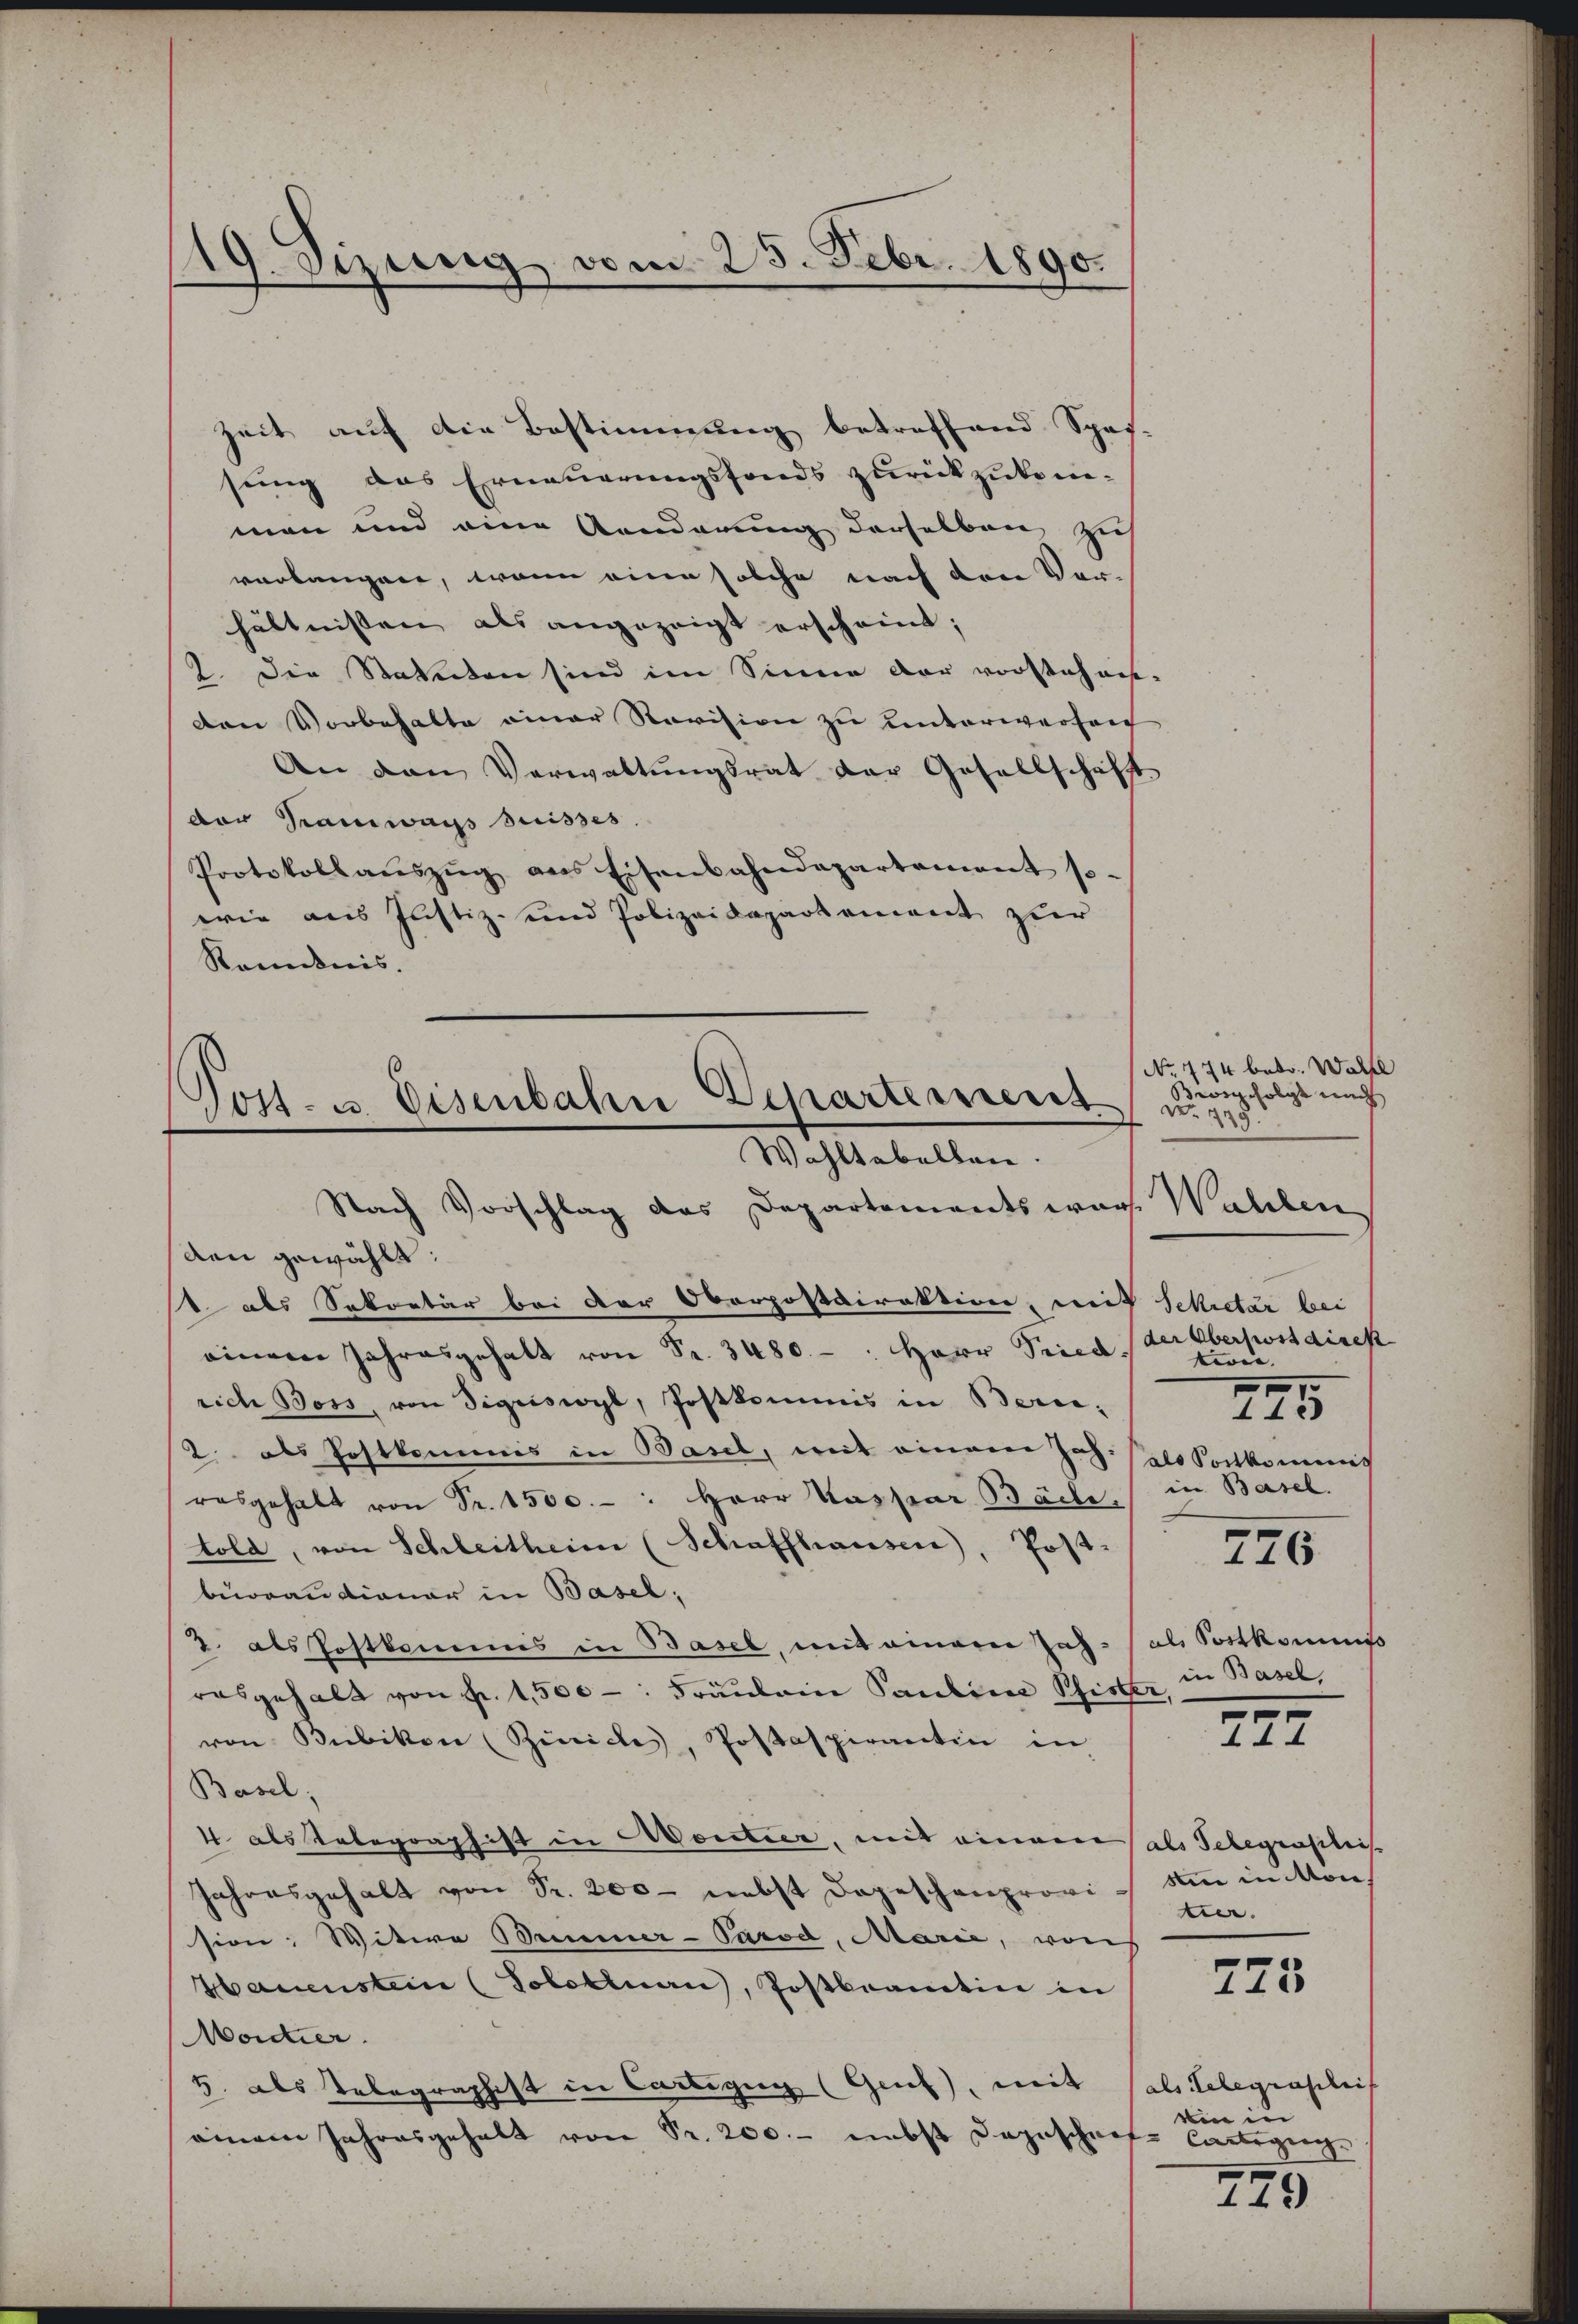
19. Sizung vom 25. Febr. 1890.

Zeit auf die Bestimmung betreffend Spas-
sung das Erneuerungsfonds zurückzukomman und eine Aenderung derselben, sich
verlangene, wenn eine solche nach den Ver-
hältnissen als angezeigt erscheint;
2. Die Statuten sind im Sinne der vorstechnis-
den Vorbehalte einer Revision zu unterwerfen
An den Verwaltungsrat der Gesellschaft
der Tramways Suisses.
Protokoll aŭszŭg ans Eisenbahndepartement so.
wie aus Justiz- und Polizeidepartement zur
Remnis.

Post- u. Eisenbahne Departement
Wahltabellen.
Nach Vorschlag das Departements war. Wahlen

den gewählt:
1 als Sekretär bei der Corpostdirektion, mit Sekretär bei
einem Jahresgehalt von Fr. 3480. - : Herr Vicedrich Boss, von Sigriswyl, Postkommis in Bern,
2. als Postkommis in Basel, mit einem Joh. Hals Sachkommt
resgehalt von Fr. 1500.- : Herr Kaspar Bäche,
told, von Schleitheim (Schaffhausen, Post-
berrandianer in Basel;
2. als Postkommis in Basel, mit einem Jah- (als Sortkommiß
rasgehalt von fr. 1,500. Fräulein Paulina Pfister,
von Bubikon (Zürich, Postaspirantin in
Basel,
4 als Telegraphist in Montier, mit einem
Jahresgehalt von Sr. 200 - nebst Depeschenprovi in in Mon
sion: Witwe Bemer-Parod, Marie, von
Hauenstein (Solottnau, Postbeamtin in
Morder
5. als Telegraphist in Cartigen (Genf), mit (als Telegrasilich
einem Jahresgehalt von Pr. 200.- nebst dazuschnete Cartezug

No 774 betr. Walte
Brig folgt nach
No. 429.
der Oberkostdirek
tion
e
442
in Basel.
776
in Basel,
.

14

als Telegrasiliis
tier.

723

wen in

279